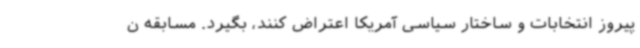
پیروز انتخابات و ساختار سیاسی آمریکا اعتراض کنند، بگیرد. مسابقه ن